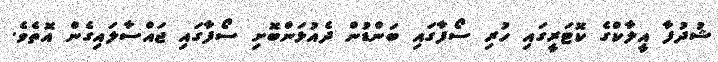
ޝުދުފާ އީލާކްގެ ކޮޓަރީގައި ހުރި ސޯފާގައި ބަންޑުން ދެއުޅަންބޮށި ސޯފާގައި ޖައްސާލައިގެން އޮތެވެ.